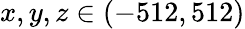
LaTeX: x,y,z\in(-512,512)